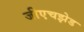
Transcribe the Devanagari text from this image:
जीएचझेड